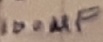
Text: 100µF